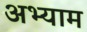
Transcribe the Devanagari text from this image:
अभ्याम